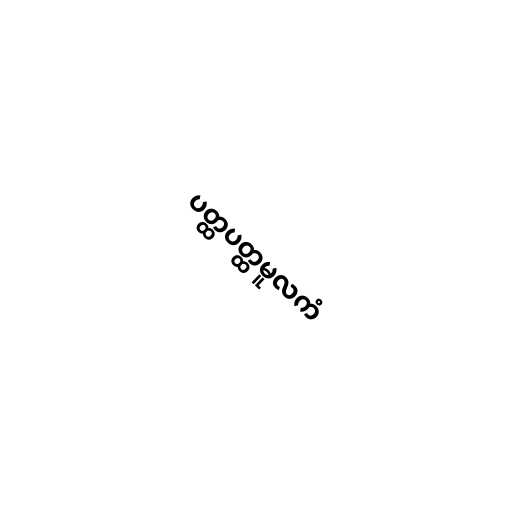
ပတ္ထပတ္ထမူလကံ